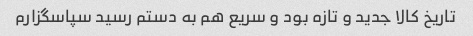
تاریخ کالا جدید و تازه بود و سریع هم به دستم رسید سپاسگزارم